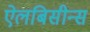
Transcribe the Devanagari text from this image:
ऐलबिसीन्स